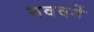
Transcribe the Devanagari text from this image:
नववर्गे